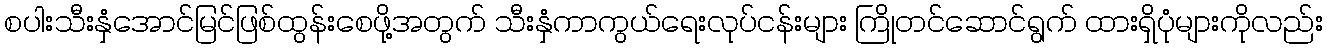
စပါးသီးနှံအောင်မြင်ဖြစ်ထွန်းစေဖို့အတွက် သီးနှံကာကွယ်ရေးလုပ်ငန်းများ ကြိုတင်ဆောင်ရွက် ထားရှိပုံများကိုလည်း